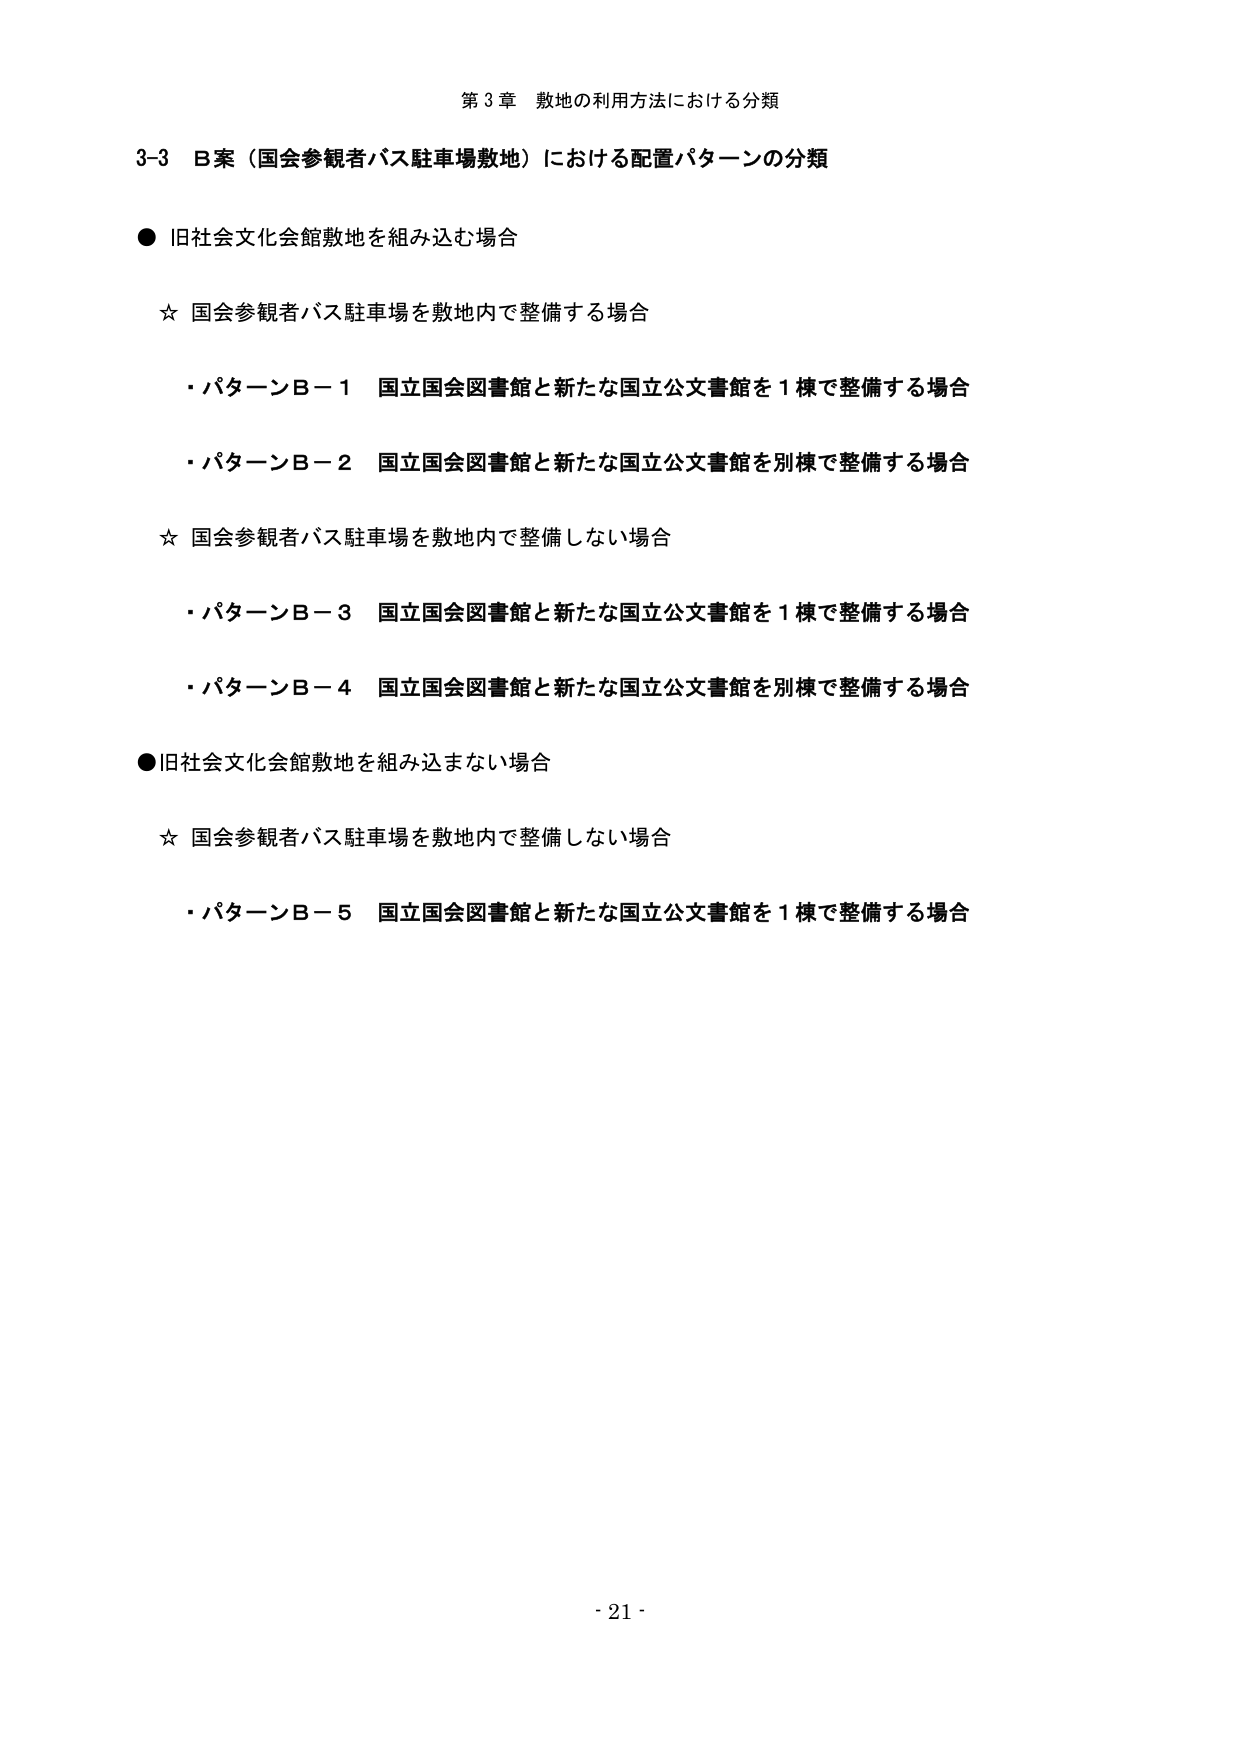
第３章 敷地の利用方法における分類

3-3 B案（国会参観者バス駐車場敷地）における配置パターンの分類

● 旧社会文化会館敷地を組み込む場合

☆ 国会参観者バス駐車場を敷地内で整備する場合
・パターンB－1 国立国会図書館と新たな国立公文書館を１棟で整備する場合
・パターンB－2 国立国会図書館と新たな国立公文書館を別棟で整備する場合

☆ 国会参観者バス駐車場を敷地内で整備しない場合
・パターンB－3 国立国会図書館と新たな国立公文書館を１棟で整備する場合
・パターンB－4 国立国会図書館と新たな国立公文書館を別棟で整備する場合

● 旧社会文化会館敷地を組み込まない場合

☆ 国会参観者バス駐車場を敷地内で整備しない場合
・パターンB－5 国立国会図書館と新たな国立公文書館を１棟で整備する場合

- 21 -